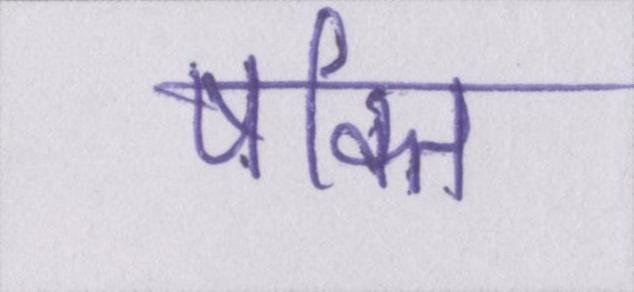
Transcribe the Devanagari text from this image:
षक्ति